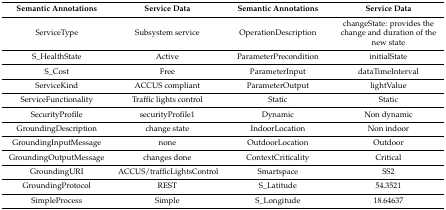
<table><thead><tr><td><b>Semantic Annotations</b></td><td><b>Service Data</b></td><td><b>Semantic Annotations</b></td><td><b>Service Data</b></td></tr></thead><tbody><tr><td>ServiceType</td><td>Subsystem service</td><td>OperationDescription</td><td>changeState: provides the change and duration of the new state</td></tr><tr><td>S_HealthState</td><td>Active</td><td>ParameterPrecondition</td><td>initialState</td></tr><tr><td>S_Cost</td><td>Free</td><td>ParameterInput</td><td>dataTimeInterval</td></tr><tr><td>ServiceKind</td><td>ACCUS compliant</td><td>ParameterOutput</td><td>lightValue</td></tr><tr><td>ServiceFunctionality</td><td>Traffic lights control</td><td>Static</td><td>Static</td></tr><tr><td>SecurityProfile</td><td>securityProfile1</td><td>Dynamic</td><td>Non dynamic</td></tr><tr><td>GroundingDescription</td><td>change state</td><td>IndoorLocation</td><td>Non indoor</td></tr><tr><td>GroundingInputMessage</td><td>none</td><td>OutdoorLocation</td><td>Outdoor</td></tr><tr><td>GroundingOutputMessage</td><td>changes done</td><td>ContextCriticality</td><td>Critical</td></tr><tr><td>GroundingURI</td><td>ACCUS/trafficLightsControl</td><td>Smartspace</td><td>SS2</td></tr><tr><td>GroundingProtocol</td><td>REST</td><td>S_Latitude</td><td>54.3521</td></tr><tr><td>SimpleProcess</td><td>Simple</td><td>S_Longitude</td><td>18.64637</td></tr></tbody></table>